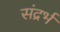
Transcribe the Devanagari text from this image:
संद्रर्भ